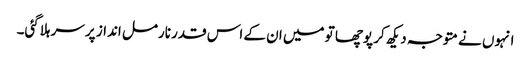
انہوں نے متوجہ دیکھ کر پوچھا تو میں ان کے اس قدر نارمل انداز پر سر ہلاگئی۔